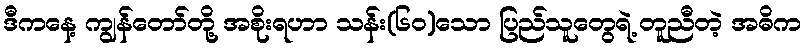
ဒီကနေ့ ကျွန်တော်တို့ အစိုးရဟာ သန်း(၆၀)သော ပြည်သူတွေရဲ့ တူညီတဲ့ အဓိက